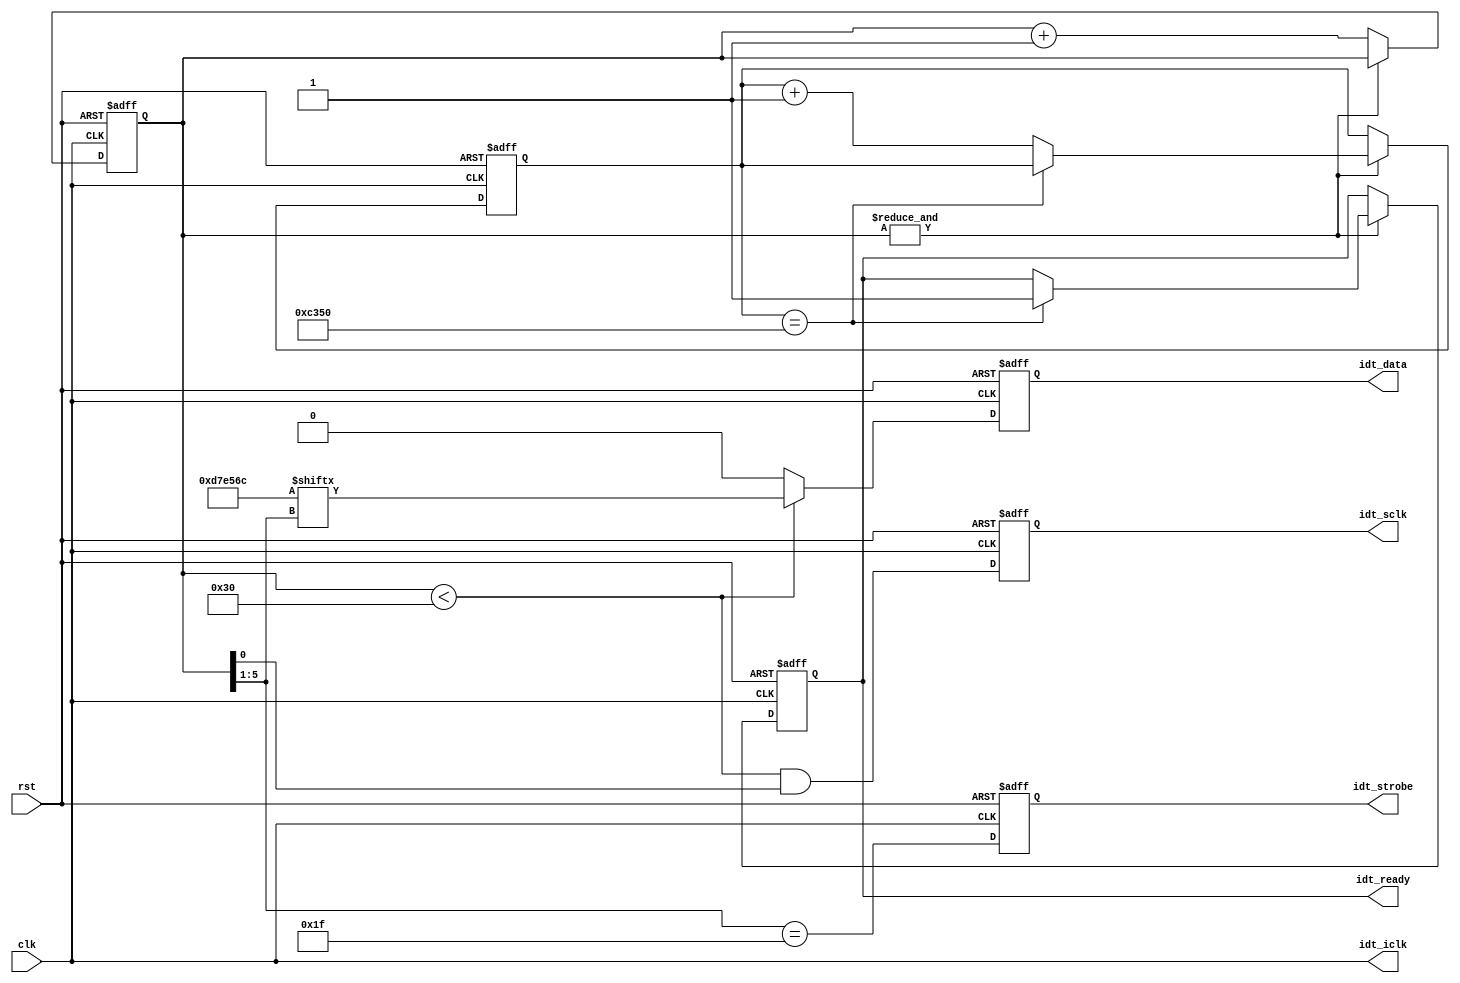
module idt_clkgen(
    input wire      clk,
    input wire      rst,

    output wire     idt_iclk,

    output reg      idt_sclk,     
    output reg      idt_data,     
    output reg      idt_strobe,
    
    output reg      idt_ready
    );

    reg [6:0] idt_cntr;
    always @(posedge clk, posedge rst) begin
        if (rst)
            idt_cntr <= 0;
        else begin
            if (&idt_cntr != 1'b1) begin
                idt_cntr <= idt_cntr + 1;
            end
        end
    end

    localparam idt_v   = 9'd335;
    localparam idt_r   = 7'd107;

    localparam idt_s   = 3'b110;    // CLK1 output divide = 3

    localparam idt_f   = 2'b10;     // CLK2 = OFF
    localparam idt_ttl = 1'b1;      // Measure duty cycles at VDD/2
    localparam idt_c   = 2'b00;     // Use clock as ref instead of Xtal

    wire [23:0] idt_config;
    assign idt_config = { idt_c, idt_ttl, idt_f, idt_s, idt_v, idt_r };

    reg [23:0] idt_config_reverse;
    integer i;
    always @(*)
        for(i=0;i<24;i=i+1)
            idt_config_reverse[23-i] = idt_config[i];

    always @(posedge clk, posedge rst) 
    begin
        if (rst) begin
            idt_sclk    <= 1'b0;
            idt_data    <= 1'b0;
            idt_strobe  <= 1'b0;
        end
        else begin
            idt_sclk    <= (idt_cntr < 48) & idt_cntr[0];
            idt_data    <= idt_cntr < 48 ? idt_config_reverse[idt_cntr[5:1]] : 1'b0;
            idt_strobe  <= idt_cntr[5:1] == 31;
        end
    end
    
    reg [15:0] rdy_counter;
    
    always @(posedge clk, posedge rst)
    begin
        if (rst) begin
            idt_ready <= 0;
            rdy_counter <= 16'd0;
        end
        else if (&idt_cntr == 1'b1) begin
            if (rdy_counter == 16'd50000)
                idt_ready <= 1;
            else
                rdy_counter <= rdy_counter + 1;
        end
    end

    assign idt_iclk = clk;

endmodule